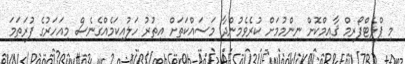
މި ޕްލެޓްފޯރމް ޤާއިމްކޮށް ނިންމުމަށް ކުރެވެމުންދާ މަސައްކަތަށް އިތުރު ހަލުއިކަމެއްގެނެސް މިއަހަރުގެ ފުރަތަމަ